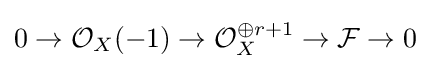
0\to {\mathcal {O}}_{X}(-1)\to {\mathcal {O}}_{X}^{\oplus r+1}\to {\mathcal {F}}\to 0